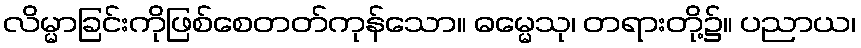
လိမ္မာခြင်းကိုဖြစ်စေတတ်ကုန်သော။ ဓမ္မေသု၊ တရားတို့၌။ ပညာယ၊